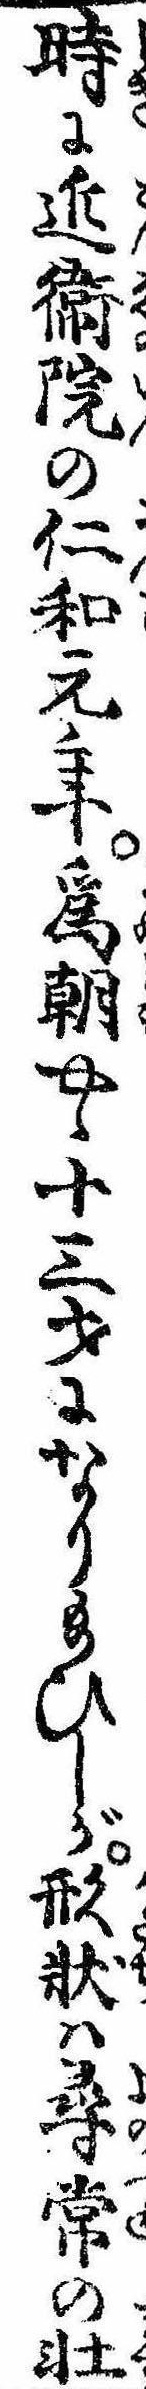
時に近衛院の仁和元年為朝やゝ十三才になり給ひしが形状は尋常の壮